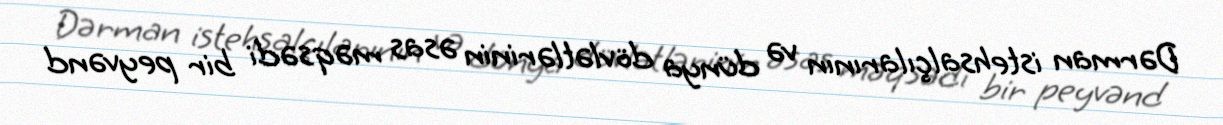
Dərman istehsalçılarının və dünya dövlətlərinin əsas məqsədi bir peyvənd